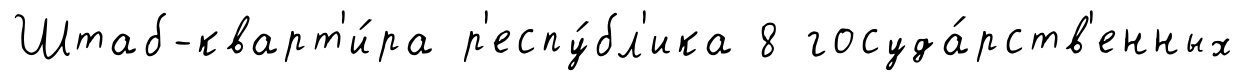
Штаб-кварт'и́ра р'еспу́бл'ика 8 госуда́рств'енных